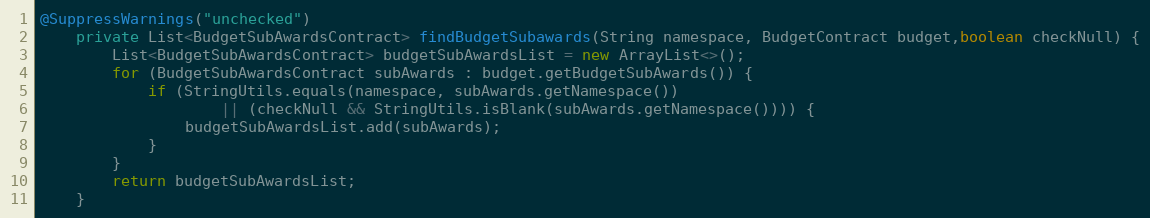
Language: Java
@SuppressWarnings("unchecked")
    private List<BudgetSubAwardsContract> findBudgetSubawards(String namespace, BudgetContract budget,boolean checkNull) {
        List<BudgetSubAwardsContract> budgetSubAwardsList = new ArrayList<>();
        for (BudgetSubAwardsContract subAwards : budget.getBudgetSubAwards()) {
        	if (StringUtils.equals(namespace, subAwards.getNamespace())
        			|| (checkNull && StringUtils.isBlank(subAwards.getNamespace()))) {
        		budgetSubAwardsList.add(subAwards);
        	}
        }
        return budgetSubAwardsList;
    }